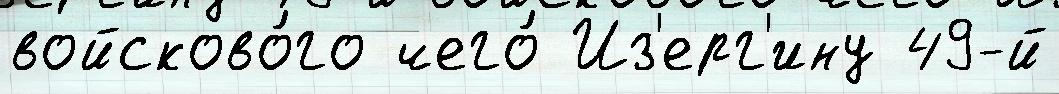
войсково́го чего́ Из'ерг'ину 49-й